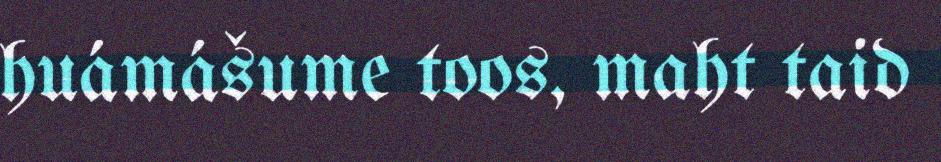
huámášume toos, maht taid